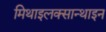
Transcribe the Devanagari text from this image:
मिथाइलक्सान्थाइन